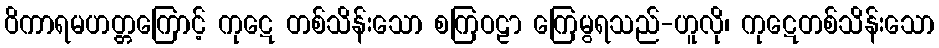
ဝိကာရမဟတ္တကြောင့် ကုဋေ တစ်သိန်းသော စကြဝဠာ ကြေမွရသည်-ဟူလို၊ ကုဋေတစ်သိန်းသော